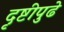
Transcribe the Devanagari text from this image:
दृष्टीपुढे